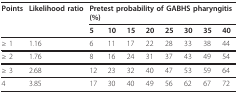
| Points | Likelihood ratio | <COLSPAN=8> Pretest probability of GABHS pharyngitis (%) |
 |  |  | 5 | 10 | 15 | 20 | 25 | 30 | 35 | 40 |
 | --- | --- | --- | --- | --- | --- | --- | --- | --- | --- |
 | ≥ 1 | 1.16 | 6 | 11 | 17 | 22 | 28 | 33 | 38 | 44 |
 | ≥ 2 | 1.76 | 8 | 16 | 24 | 31 | 37 | 43 | 49 | 54 |
 | ≥ 3 | 2.68 | 12 | 23 | 32 | 40 | 47 | 53 | 59 | 64 |
 | 4 | 3.85 | 17 | 30 | 40 | 49 | 56 | 62 | 67 | 72 |